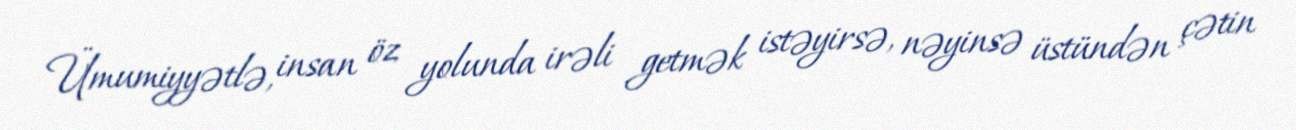
Ümumiyyətlə, insan öz yolunda irəli getmək istəyirsə, nəyinsə üstündən çətin